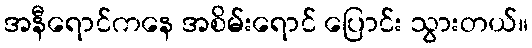
အနီရောင်ကနေ အစိမ်းရောင် ပြောင်း သွားတယ်။